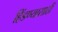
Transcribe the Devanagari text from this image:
हिंडण्यासाठी